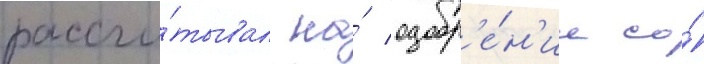
рассчи́тывал на́ одобр'е́н'ие со́